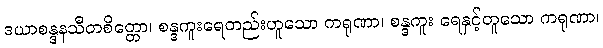
ဒယာစန္ဒနသီတစိတ္တော၊ စန္ဒကူးရေတည်းဟူသော ကရုဏာ၊ စန္ဒကူး ရေနှင့်တူသော ကရုဏာ၊